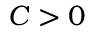
C > 0